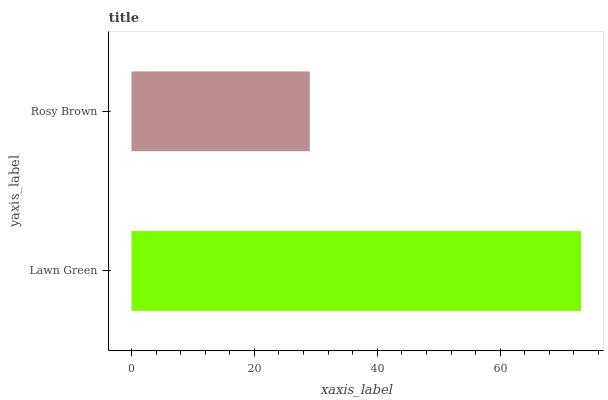
| yaxis_label | bars |
 | --- | --- |
 | Lawn Green | 73.1 |
 | Rosy Brown | 29 |